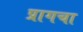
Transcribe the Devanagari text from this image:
प्रागचा